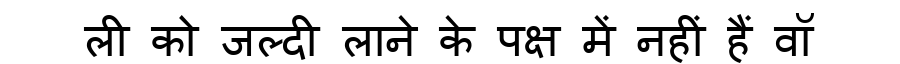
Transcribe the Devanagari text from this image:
ली को जल्दी लाने के पक्ष में नहीं हैं वॉ